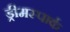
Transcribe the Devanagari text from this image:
ड्रीमस्पार्क